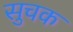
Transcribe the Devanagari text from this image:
सुचक